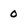
Character: 0